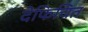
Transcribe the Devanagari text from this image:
देफिचित